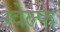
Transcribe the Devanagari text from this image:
ग्वेल्फ